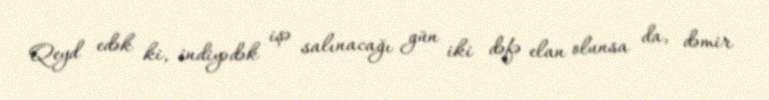
Qeyd edək ki, indiyədək işə salınacağı gün iki dəfə elan olunsa da, dəmir